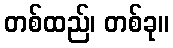
တစ်ထည်၊ တစ်ခု။